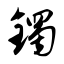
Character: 镯